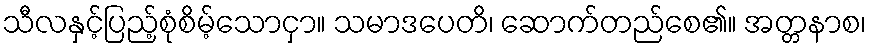
သီလနှင့်ပြည့်စုံစိမ့်သောငှာ။ သမာဒပေတိ၊ ဆောက်တည်စေ၏။ အတ္တနာစ၊